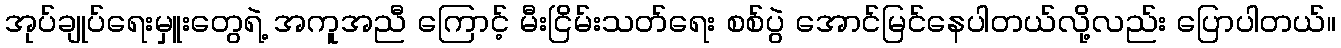
အုပ်ချုပ်ရေးမှူးတွေရဲ့ အကူအညီ ကြောင့် မီးငြိမ်းသတ်ရေး စစ်ပွဲ အောင်မြင်နေပါတယ်လို့လည်း ပြောပါတယ်။